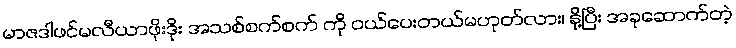
မာဇဒါဖင်မလီယာဖိုးဒိုး အသစ်စက်စက် ကို ဝယ်ပေးတယ်မဟုတ်လား၊ နို့ပြီး အခုဆောက်တဲ့